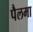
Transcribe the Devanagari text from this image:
पैलमा